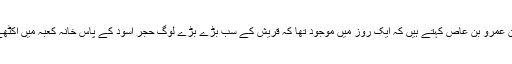
عبداللہ بن عمرو بن عاص کہتے ہیں کہ ایک روز مَیں موجود تھا کہ قریش کے سب بڑے بڑے لوگ حجر اسود کے پاس خانہ کعبہ میں اکٹھے ہوئے۔